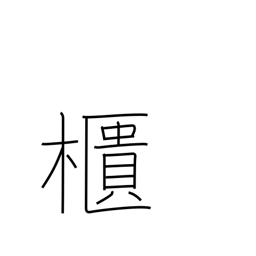
Meaning: chest